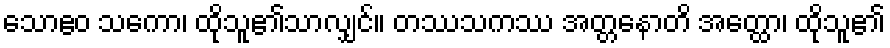
သောဧဝ သကော၊ ထိုသူ၏သာလျှင်။ တဿသကဿ အတ္တနောတိ အတ္ထော၊ ထိုသူ၏